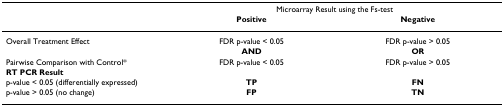
<table><thead><tr><td></td><td colspan="2"><b>Microarray Result using the Fs-test</b></td></tr><tr><td></td><td><b>Positive</b></td><td><b>Negative</b></td></tr></thead><tbody><tr><td>Overall Treatment Effect</td><td>FDR p-value &lt; 0.05</td><td>FDR p-value &gt; 0.05</td></tr><tr><td></td><td><b>AND</b></td><td><b>OR</b></td></tr><tr><td>Pairwise Comparison with Control*</td><td>FDR p-value &lt; 0.05</td><td>FDR p-value &gt; 0.05</td></tr><tr><td><b>RT PCR Result</b></td><td></td><td></td></tr><tr><td>p-value &lt; 0.05 (differentially expressed)</td><td><b>TP</b></td><td><b>FN</b></td></tr><tr><td>p-value &gt; 0.05 (no change)</td><td><b>FP</b></td><td><b>TN</b></td></tr></tbody></table>